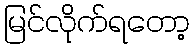
မြင်လိုက်ရတော့